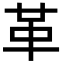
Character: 革